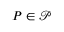
P \in \mathscr { P }